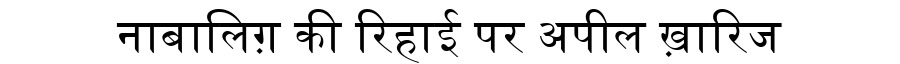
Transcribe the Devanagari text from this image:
नाबालिग़ की रिहाई पर अपील ख़ारिज